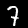
Label: 7